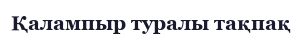
Қалампыр туралы тақпақ